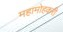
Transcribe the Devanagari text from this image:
महामोहकरी